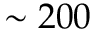
\sim 2 0 0